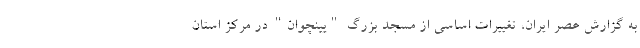
به گزارش عصر ایران، تغییرات اساسی از مسجد بزرگ "یینچوان" در مرکز استان